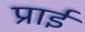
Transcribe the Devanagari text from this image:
प्राई